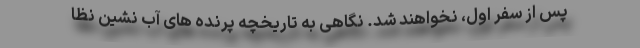
پس از سفر اول، نخواهند شد. نگاهی به تاریخچه پرنده های آب نشین نظا